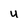
Character: U